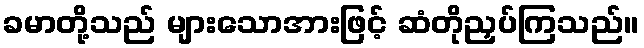
ခမာတို့သည် များသောအားဖြင့် ဆံတိုညှပ်ကြသည်။